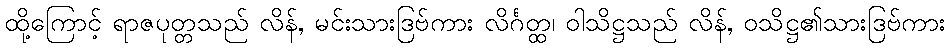
ထို့ကြောင့် ရာဇပုတ္တသည် လိန်, မင်းသားဒြဗ်ကား လိင်္ဂတ္ထ၊ ဝါသိဋ္ဌသည် လိန်, ဝသိဋ္ဌ၏သားဒြဗ်ကား